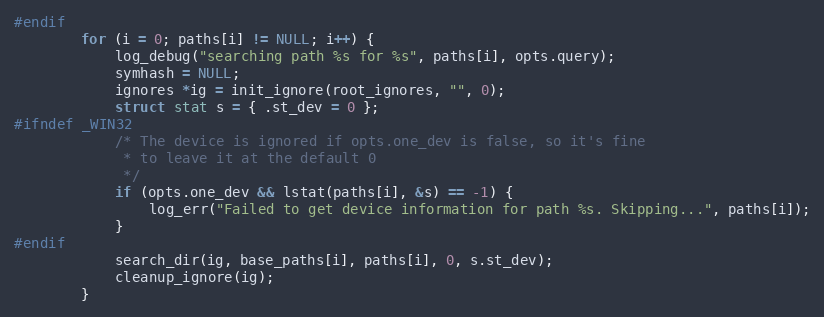
Language: C
#endif
        for (i = 0; paths[i] != NULL; i++) {
            log_debug("searching path %s for %s", paths[i], opts.query);
            symhash = NULL;
            ignores *ig = init_ignore(root_ignores, "", 0);
            struct stat s = { .st_dev = 0 };
#ifndef _WIN32
            /* The device is ignored if opts.one_dev is false, so it's fine
             * to leave it at the default 0
             */
            if (opts.one_dev && lstat(paths[i], &s) == -1) {
                log_err("Failed to get device information for path %s. Skipping...", paths[i]);
            }
#endif
            search_dir(ig, base_paths[i], paths[i], 0, s.st_dev);
            cleanup_ignore(ig);
        }